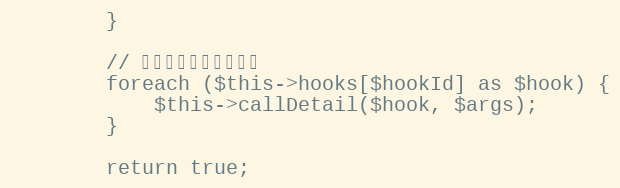
Language: PHP
        }

        // 执行钩子列表中的钩子
        foreach ($this->hooks[$hookId] as $hook) {
            $this->callDetail($hook, $args);
        }

        return true;